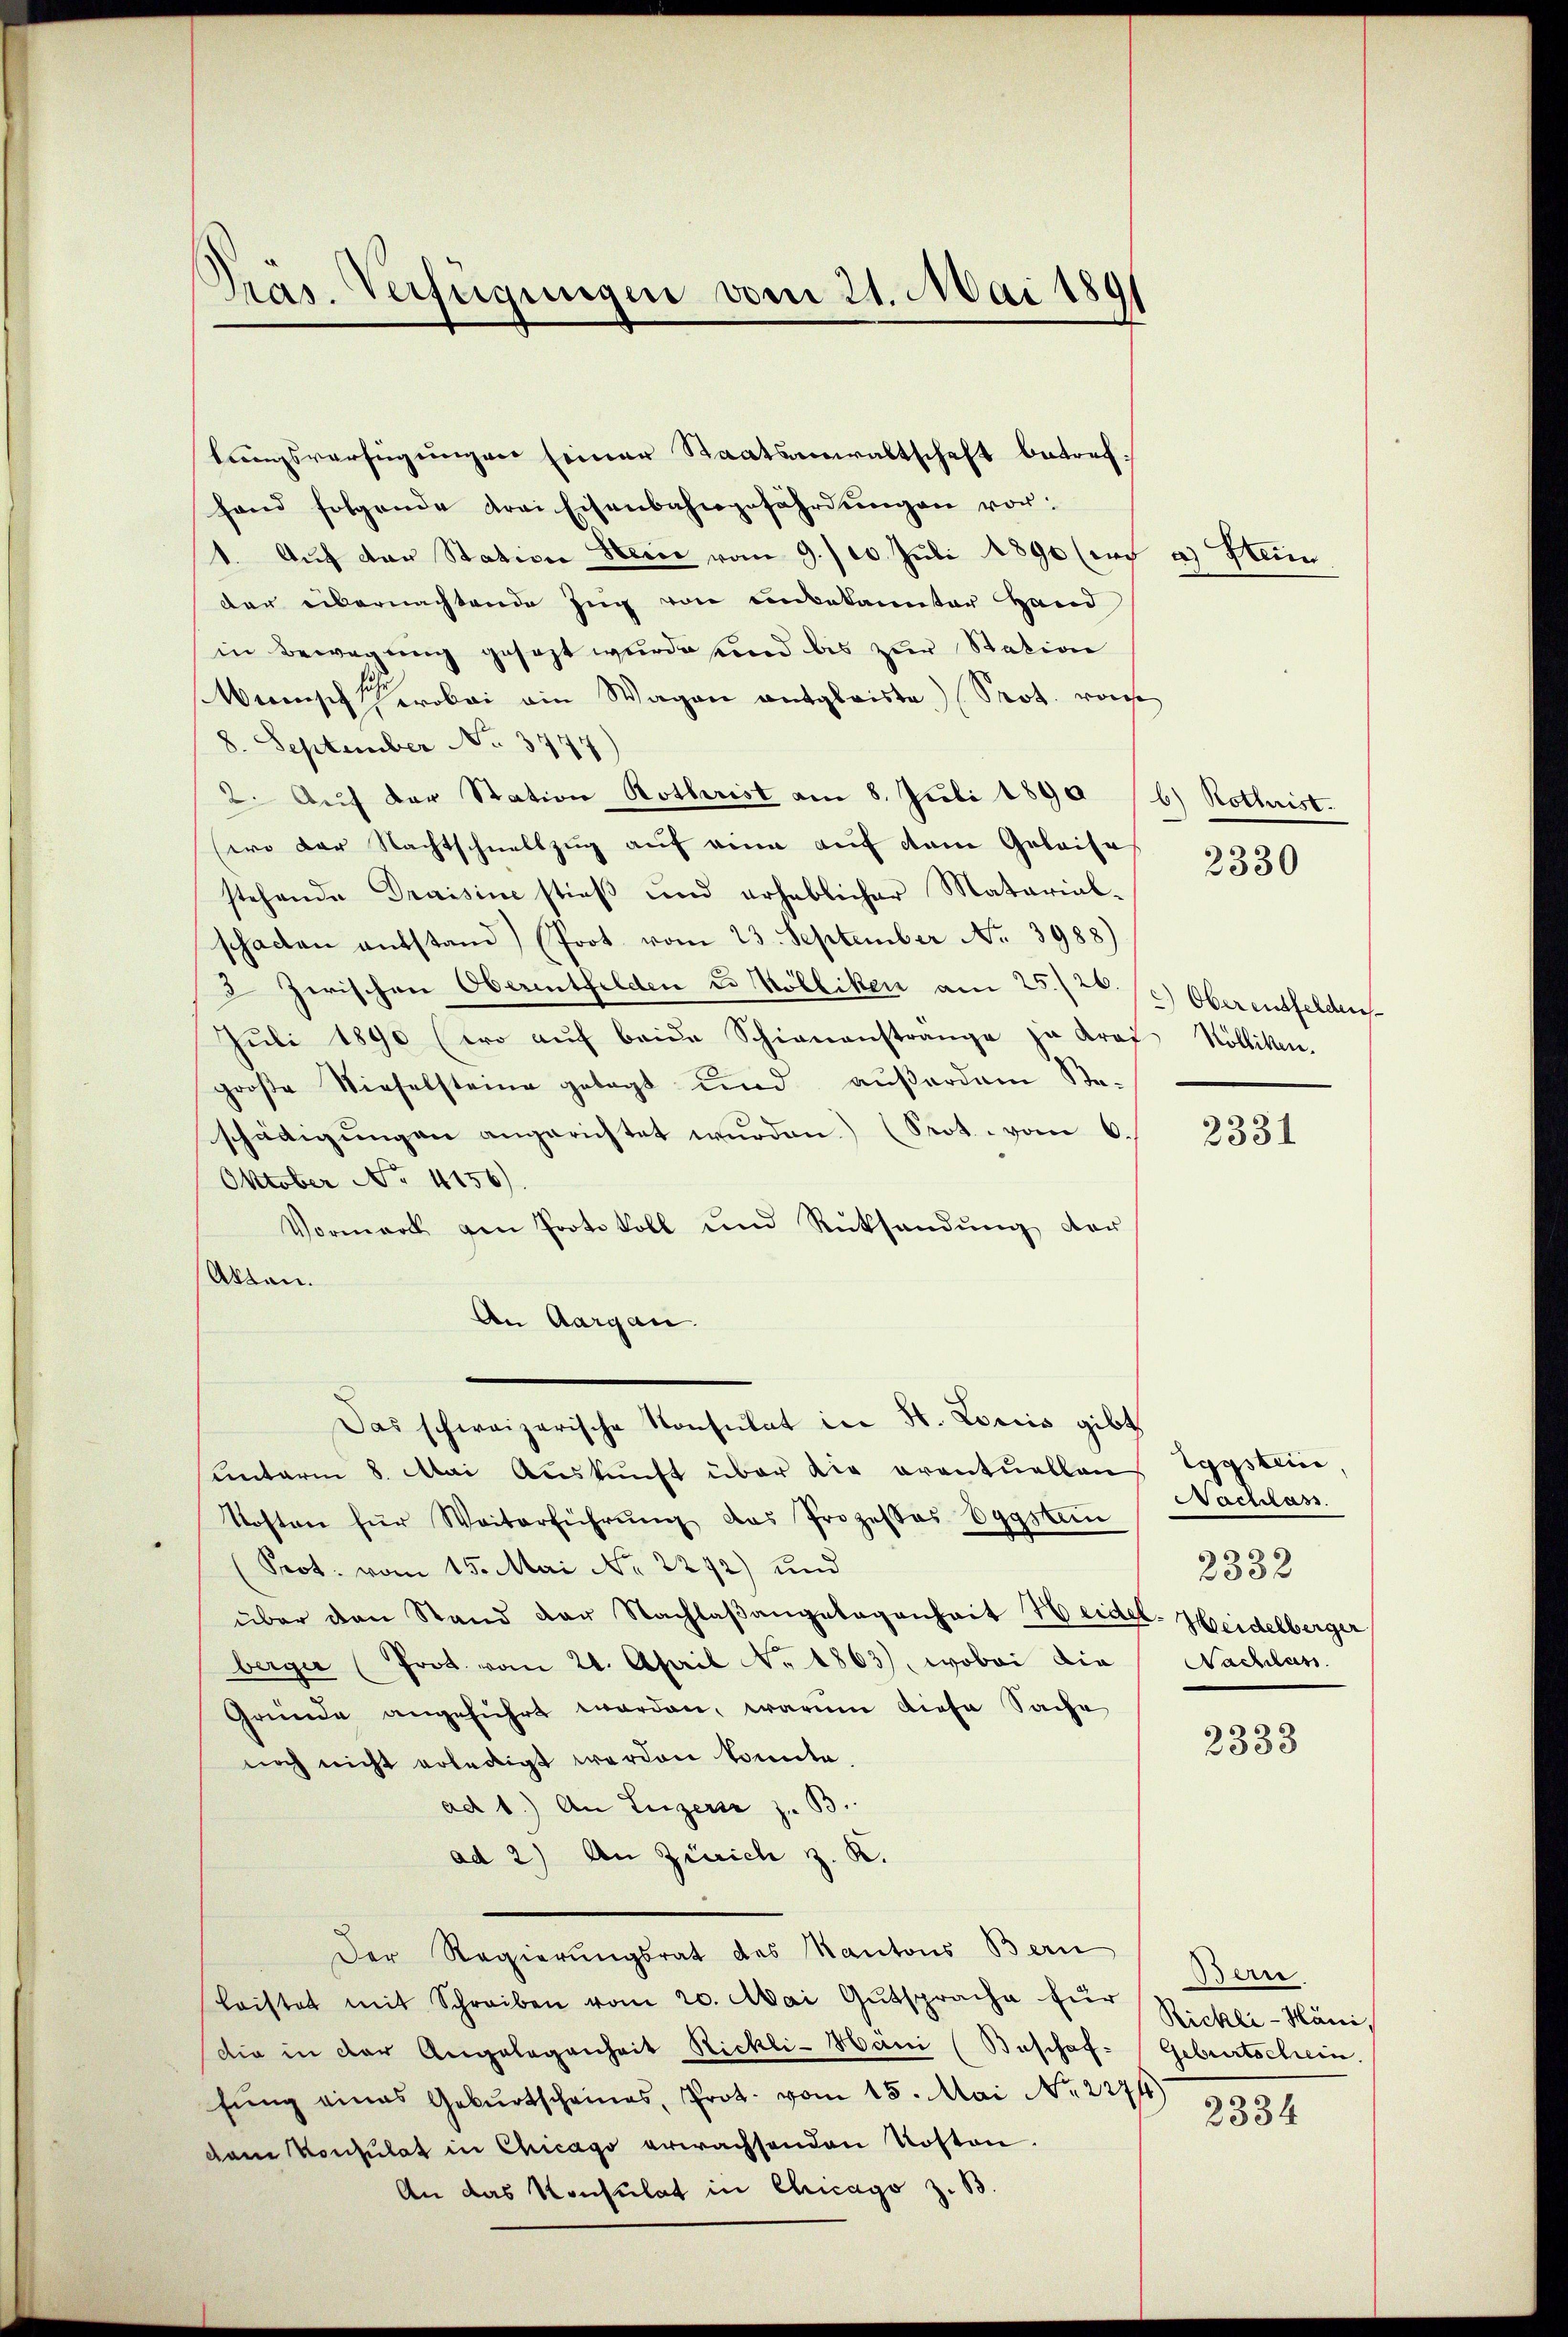
Pras. Verfügungen vom 21. Mai 189

lungsverfügungen seiner Staatsanwaltschaft betrefhand folgende Frei Eisenbahngefährdŭngen vor:
1. Aŭf der Stative Herić vom 9./10. Juli 1890 (ich
der eibernachtende Zug von unbekannter Hand
in Bewegung gesezt wurde und bis zur Station
Wünsch wobei ein Wagen entgleiste Prot. von
8. September No. 3774)
2. Auf der Station Rothrist am 8. Juli 1890
(wo der Nachtschnellzug auf eine auf dem Geleise
stehende Draisine stieß und erheblicher Matarial-
schaden entstand (Prot vom 23. September No. 3988)
2 Zwischen Oberentfelden u. Kölliken am 25./26.
Juli 1890 (wo auf beide Schienanstrange ja Kraf
große Nieselsteine gelegt und außerdam Sta-
schädigŭngen angerichtet wurden.) (Srot vom 6.
Oktober No 4156).
Vormark von Protokoll und Rücksendŭng der
Akten.
An Aargau.
Das schweizerische Konsulat in St. Loriis gibt
Unterm 8. Mai Auskunft über die eventuellen
Kosten für Weiterführŭng das Prozesses Eggsten
(Prot. vom 15. Mai No 2292) und
über den Stand der Nachlaßangelegenheit Heidel-Heidelberger
berger (Prot. vom 21. April No 1863), wobei die
Gründe angeführt worden, warum diese Sache
noch nicht erledigt werden konnte.
ad 1.) An Luzers z. B.
ad 2) An Zürich z. K.
Der Regierungsrat des Kantons Bern
leistet mit Schreiben vom 20. Mai Gutsprache für
die in der Angelegenheit Rickli-Häni (Beschaf-
fŭng eines Gebŭrtscheines, Prot. vom 15. Mai No 2274
dam Konsulat in Chicago erwachsenden Kosten.
An das Konsulat in Chicago z. B.

a) Stein

b) Rothrist.

2330

2.) Oberentfelden
Rölliken.

2331

Eggstein
Nachlass.
2332
Nachlass

2333

Berre
Rickli-Häni,
Geburtschein.
2334